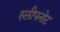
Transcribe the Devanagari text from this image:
स्लीपनोट